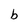
Character: b